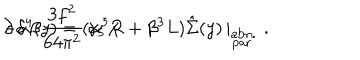
- \alpha \beta \frac { 3 f ^ { 2 } } { 6 4 \pi ^ { 2 } } \, \gamma _ { 5 } \, / \hspace { - 2 m m } \partial \, \delta ^ { 4 } ( y ) = ( \alpha ^ { 3 } R + \beta ^ { 3 } L ) \hat { \Sigma } ( y ) \, | _ { \stackrel { { \scriptstyle \mathrm { a b n . } } } { { \scriptstyle \mathrm { p a r . } } } } \, \, .